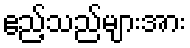
ဧည့်သည်များအား